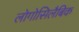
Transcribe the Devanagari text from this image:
लोगोसिलैबिक